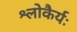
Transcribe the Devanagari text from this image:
श्लोकैर्यः